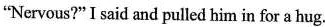
"Nervous?"I said and pulled him in for a hug.